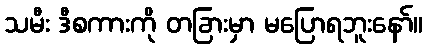
သမီး ဒီစကားကို တခြားမှာ မပြောရဘူးနော်။